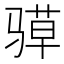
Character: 𮪤